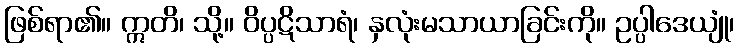
ဖြစ်ရာ၏။ ဣတိ၊ သို့။ ဝိပ္ပဋိသာရံ၊ နှလုံးမသာယာခြင်းကို။ ဥပ္ပါဒေယျုံ၊